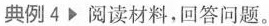
典例4 阅读材料，回答问题。